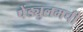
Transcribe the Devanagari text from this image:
पेंड्युलमची